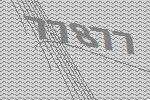
77877